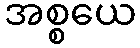
အစ္စယေ